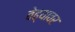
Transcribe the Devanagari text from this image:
वेढ्यावर